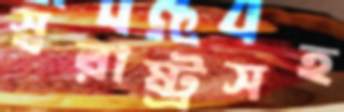
স্বরাষ্ট্রসহ